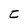
Character: C